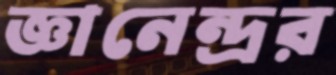
জ্ঞানেন্দ্রর